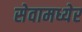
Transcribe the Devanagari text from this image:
सेवामध्येर